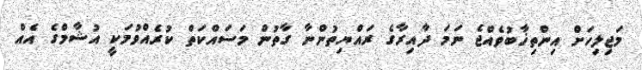
މަޖިލިހަށް އިންތިޚާބުވެއްޖެ ނަމަ ދާއިރާގެ ރައްޔިތުންނާ ގާތުން މަސައްކަތް ކުރެއްވުމަކީ އުޝާމްގެ އެއް